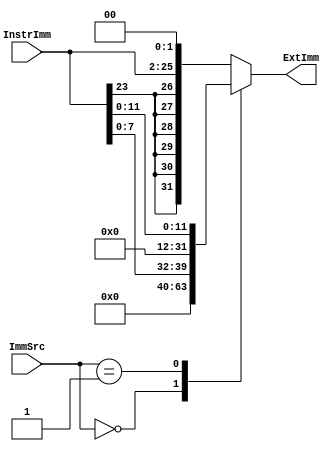
module Extend(
    input [23:0] InstrImm,
    input [1:0] ImmSrc,

    output reg [31:0] ExtImm
  );

  always @(*)
    case (ImmSrc)
      2'b00 :
        ExtImm = {24'b0, InstrImm[7:0]};
      2'b01 :
        ExtImm = {20'b0, InstrImm[11:0]};
      default:
        ExtImm = {{6{InstrImm[23]}}, InstrImm[23:0], 2'b0};
    endcase

endmodule  //module_name